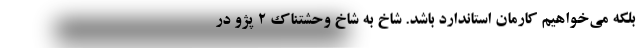
بلکه می‌خواهیم کارمان استاندارد باشد. شاخ به شاخ وحشتناک 2 پژو در